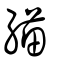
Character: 緢